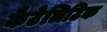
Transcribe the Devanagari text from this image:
कैटेलिटिक